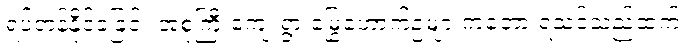
ရပ်တန့်နိုင်ခဲ့ခြင်း အစုကြီးကျေးရွာ မြွေဟောက်ဥများကတော့ ရသင့်သည်ထက်